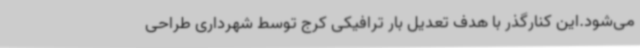
می‌شود.این کنارگذر با هدف تعدیل بار ترافیکی کرج توسط شهرداری طراحی